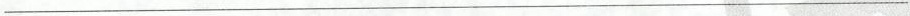
___